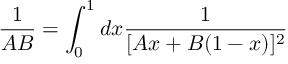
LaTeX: \frac { 1 } { A B } = \int _ { 0 } ^ { 1 } d x \frac { 1 } { [ A x + B ( 1 - x ) ] ^ { 2 } }